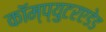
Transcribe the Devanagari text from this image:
कॉम्प्युटरएडेड